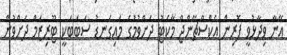
އޭނާ ވިދާޅުވީ ފޮރިން އެކްސްޗޭންޖް މާކެޓު ދަށްވުމުގެ މައިގަނޑު ސަބަބަކީ ޓޫރިޒަމް ދަށްވުން